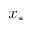
x _ { * }